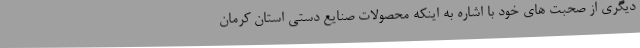
دیگری از صحبت های خود با اشاره به اینکه محصولات صنایع دستی استان کرمان